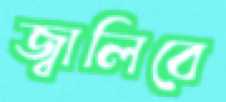
জ্বালিবে